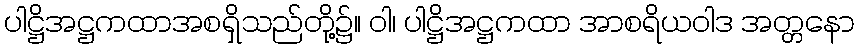
ပါဋ္ဌိအဋ္ဌကထာအစရှိသည်တို့၌။ ဝါ၊ ပါဋ္ဌိအဋ္ဌကထာ အာစရိယဝါဒ အတ္တနော